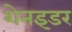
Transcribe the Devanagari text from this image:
शेनइडर